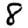
Digit: 8